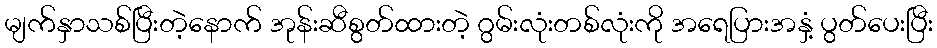
မျက်နှာသစ်ပြီးတဲ့နောက် အုန်းဆီစွတ်ထားတဲ့ ဂွမ်းလုံးတစ်လုံးကို အရေပြားအနှံ့ ပွတ်ပေးပြီး